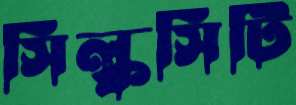
সিল্কসিটি